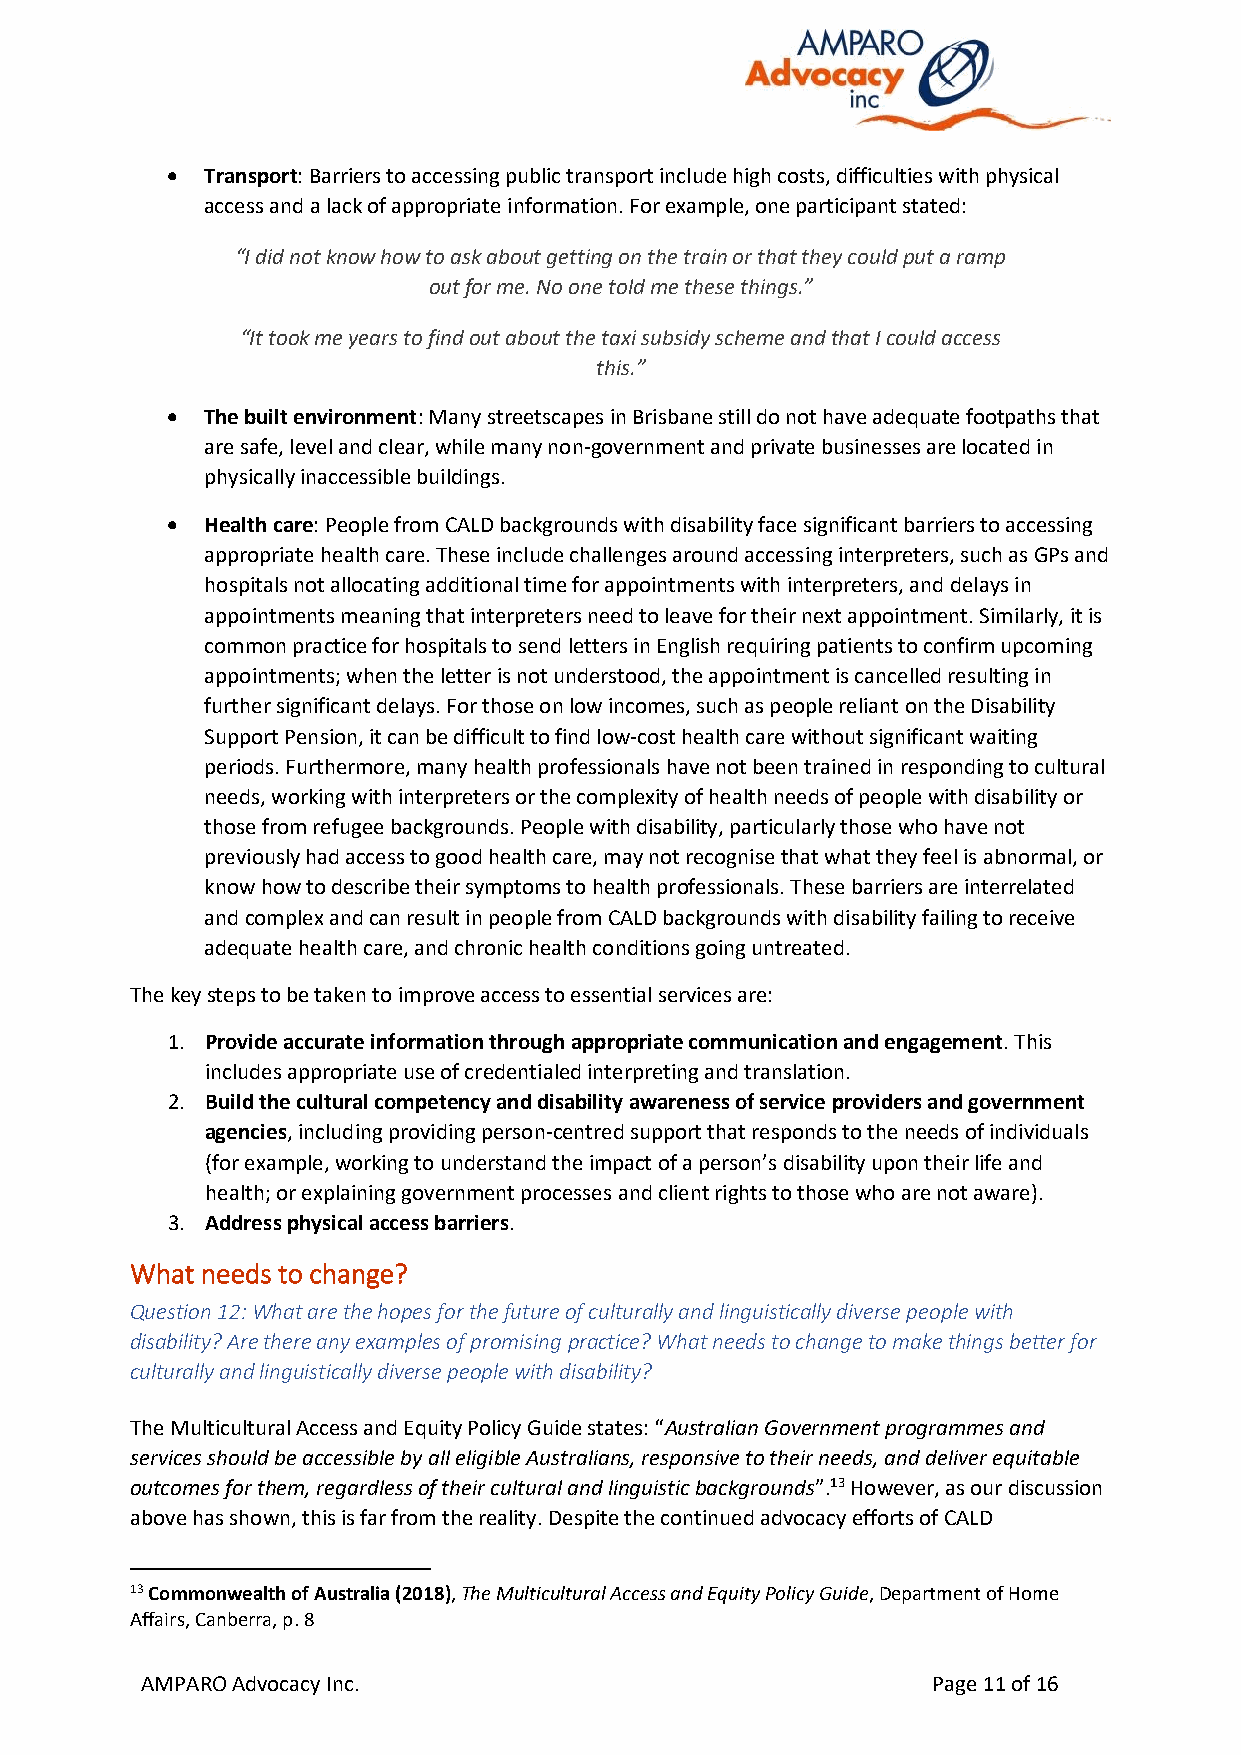
•  Transport: Barriers to accessing public transport include high costs, difficulties with physical
 access and a lack of appropriate information. For example, one participant stated:
 “I did not know how to ask about getting on the train or that they could put a ramp
 out for me. No one told me these things.”
 “It took me years to find out about the taxi subsidy scheme and that I could access
 this.”
 •  The built environment: Many streetscapes in Brisbane still do not have adequate footpaths that
 are safe, level and clear, while many non-government and private businesses are located in
 physically inaccessible buildings.
 •  Health care: People from CALD backgrounds with disability face significant barriers to accessing
 appropriate health care. These include challenges around accessing interpreters, such as GPs and
 hospitals not allocating additional time for appointments with interpreters, and delays in
 appointments meaning that interpreters need to leave for their next appointment. Similarly, it is
 common practice for hospitals to send letters in English requiring patients to confirm upcoming
 appointments; when the letter is not understood, the appointment is cancelled resulting in
 further significant delays. For those on low incomes, such as people reliant on the Disability
 Support Pension, it can be difficult to find low-cost health care without significant waiting
 periods. Furthermore, many health professionals have not been trained in responding to cultural
 needs, working with interpreters or the complexity of health needs of people with disability or
 those from refugee backgrounds. People with disability, particularly those who have not
 previously had access to good health care, may not recognise that what they feel is abnormal, or
 know how to describe their symptoms to health professionals. These barriers are interrelated
 and complex and can result in people from CALD backgrounds with disability failing to receive
 adequate health care, and chronic health conditions going untreated.
 The key steps to be taken to improve access to essential services are:
 1. Provide accurate information through appropriate communication and engagement. This
 includes appropriate use of credentialed interpreting and translation.
 2. Build the cultural competency and disability awareness of service providers and government
 agencies, including providing person-centred support that responds to the needs of individuals
 (for example, working to understand the impact of a person’s disability upon their life and
 health; or explaining government processes and client rights to those who are not aware).
 3. Address physical access barriers.
 What needs to change?
 Question 12: What are the hopes for the future of culturally and linguistically diverse people with
 disability? Are there any examples of promising practice? What needs to change to make things better for
 culturally and linguistically diverse people with disability?
 The Multicultural Access and Equity Policy Guide states: “Australian Government programmes and
 services should be accessible by all eligible Australians, responsive to their needs, and deliver equitable
 outcomes for them, regardless of their cultural and linguistic backgrounds”.13 However, as our discussion
 above has shown, this is far from the reality. Despite the continued advocacy efforts of CALD
 13 Commonwealth of Australia (2018), The Multicultural Access and Equity Policy Guide, Department of Home
 Affairs, Canberra, p. 8
 AMPARO Advocacy Inc.                                 Page 11 of 16